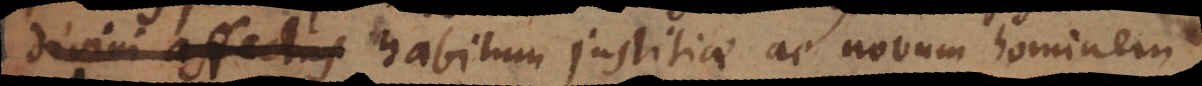
ate habitum justitiae ac novum hominem